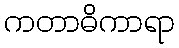
ကတာဓိကာရာ